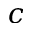
c